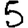
Digit: 5